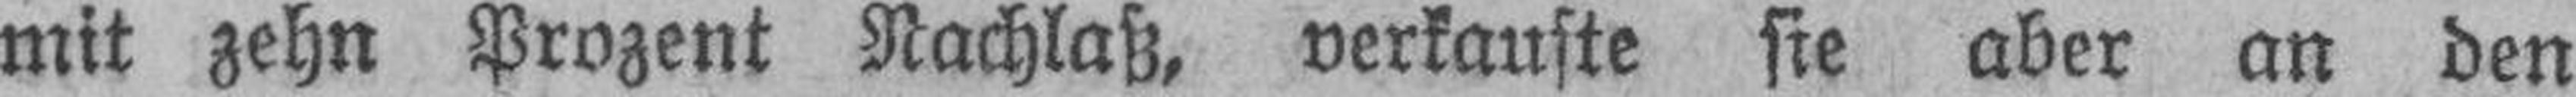
mit zehn Prozent Nachlaß, verkaufte sie aber an den